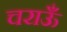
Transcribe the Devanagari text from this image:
चराऊँ